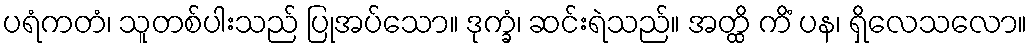
ပရံကတံ၊ သူတစ်ပါးသည် ပြုအပ်သော။ ဒုက္ခံ၊ ဆင်းရဲသည်။ အတ္ထိ ကိံ ပန၊ ရှိလေသလော။